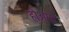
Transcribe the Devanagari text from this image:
होअगा